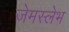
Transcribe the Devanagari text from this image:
जेमस्लेभ